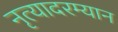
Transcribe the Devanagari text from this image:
नृत्यादरम्यान